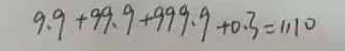
9 . 9 + 9 9 . 9 + 9 9 9 . 9 + 0 . 3 = 1 1 1 0